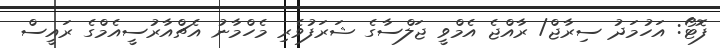
ފޮޓޯ: އަހުމަދު ސިރާޖް/ ރާއްޖެ އެމްވީ ޖަލްސާގެ ޝަރަފުވެރި މެހްމާނު އެޗްއާރުސީއެމްގެ ރައީސް